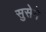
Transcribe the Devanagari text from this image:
सुसेने